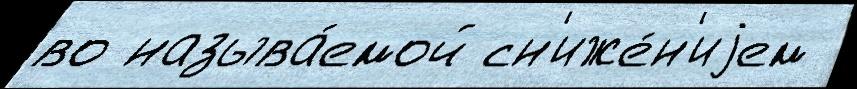
во называ́емой сн'иже́н'иjем